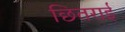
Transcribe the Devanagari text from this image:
छितराई